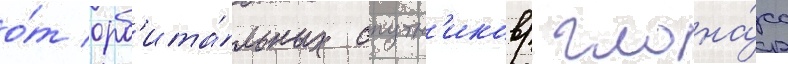
о́т орб'ита́льных спутн'иков/ глона́сс